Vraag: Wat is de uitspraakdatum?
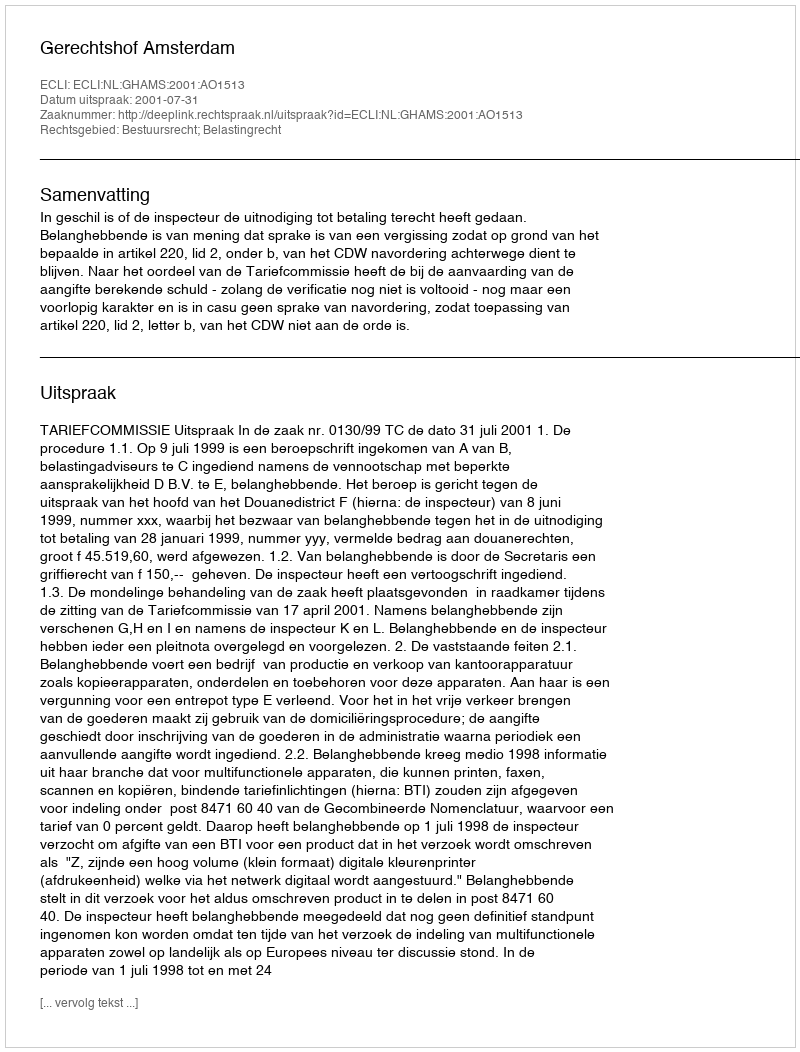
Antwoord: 2001-07-31